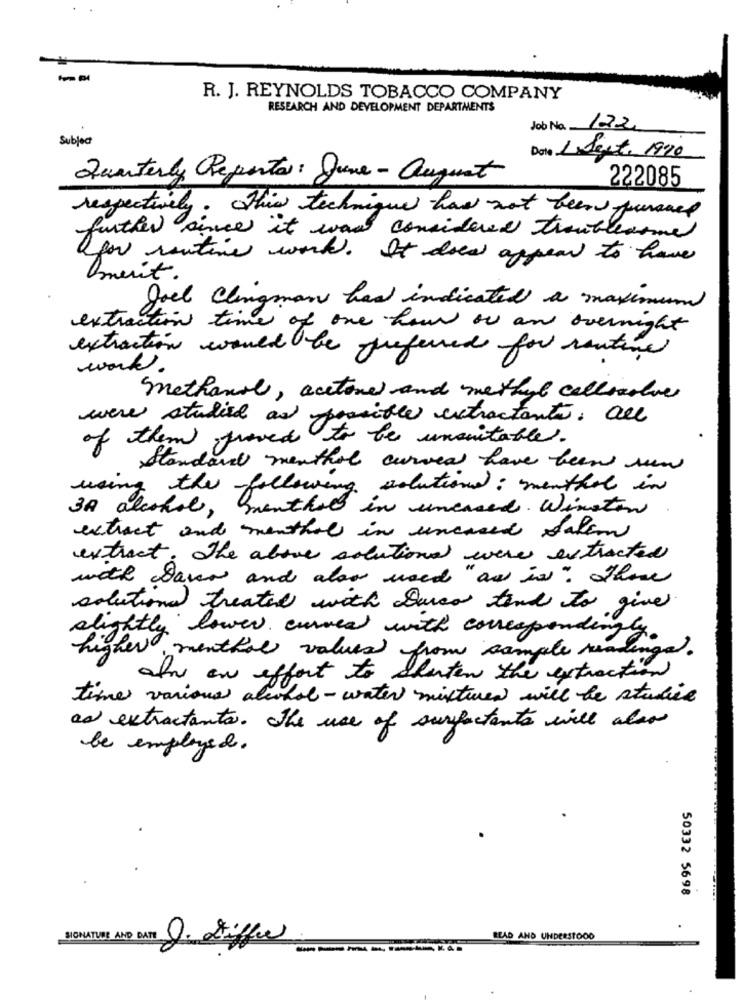
R. J. REYNOLDS TOBACCO COMPANY
RESEARCH AND DEVELOPMENT DEPARTMENTS
Job No. 122
Subject
Date 1.Sept. 1990
Quarterly Reporter: June - August
222085
respectively. This techniques have not been pursued
further since it was considered troublesome
how routine work. It does appear to have
merit.
Joel Clingman had indicated a maximum
extraction time of one how or and overnight
extraction would be preferred for rentine
work.
methanol, acetone and methyl callsvolver
were studied as possible extractantes. all
of them proved to be unsuitable.
Standard menthol curved have been sun
using the following solutionel: menthol in
3A alcohol, menthol in uncared. Winston
extract and menthol in uncased salem
extract. The above solutions were extracted
with Sano and also used "as is" There
solutions treated with Surco tend to give
alightly lower curved with correspondingty.
higher, menthol values from sample readinga.
In an effort to Shorten the extraction
time various alcohol - water mixtures will be studie
as extractants. The use of surfactants will also
be employed.
50332 5698
SIGNATURE AND DATE D. chiffre
BLAD AND UNDERSTOOD
-